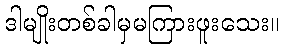
ဒါမျိုးတစ်ခါမှမကြားဖူးသေး။